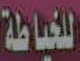
للخياطة